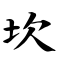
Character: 坎